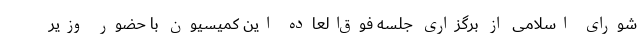
شورای اسلامی از برگزاری جلسه فوق‌العاده این کمیسیون با حضور وزیر